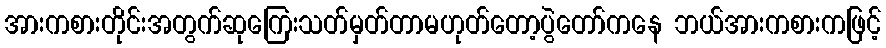
အားကစားတိုင်းအတွက်ဆုကြေးသတ်မှတ်တာမဟုတ်တော့ပွဲတော်ကနေ ဘယ်အားကစားကဖြင့်